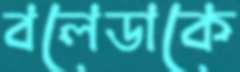
বলেডাকে